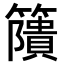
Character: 𥶐